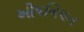
ઓપનિયન